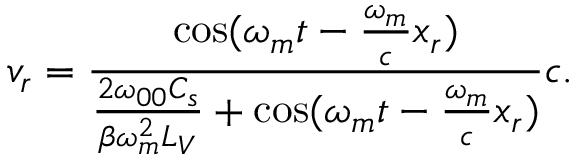
v _ { r } = \frac { \cos ( \omega _ { m } t - \frac { \omega _ { m } } { c } x _ { r } ) } { \frac { 2 \omega _ { 0 0 } C _ { s } } { \beta \omega _ { m } ^ { 2 } L _ { V } } + \cos ( \omega _ { m } t - \frac { \omega _ { m } } { c } x _ { r } ) } c .